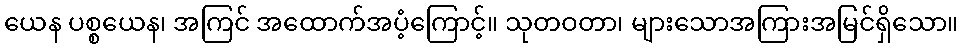
ယေန ပစ္စယေန၊ အကြင် အထောက်အပံ့ကြောင့်။ သုတဝတာ၊ များသောအကြားအမြင်ရှိသော။